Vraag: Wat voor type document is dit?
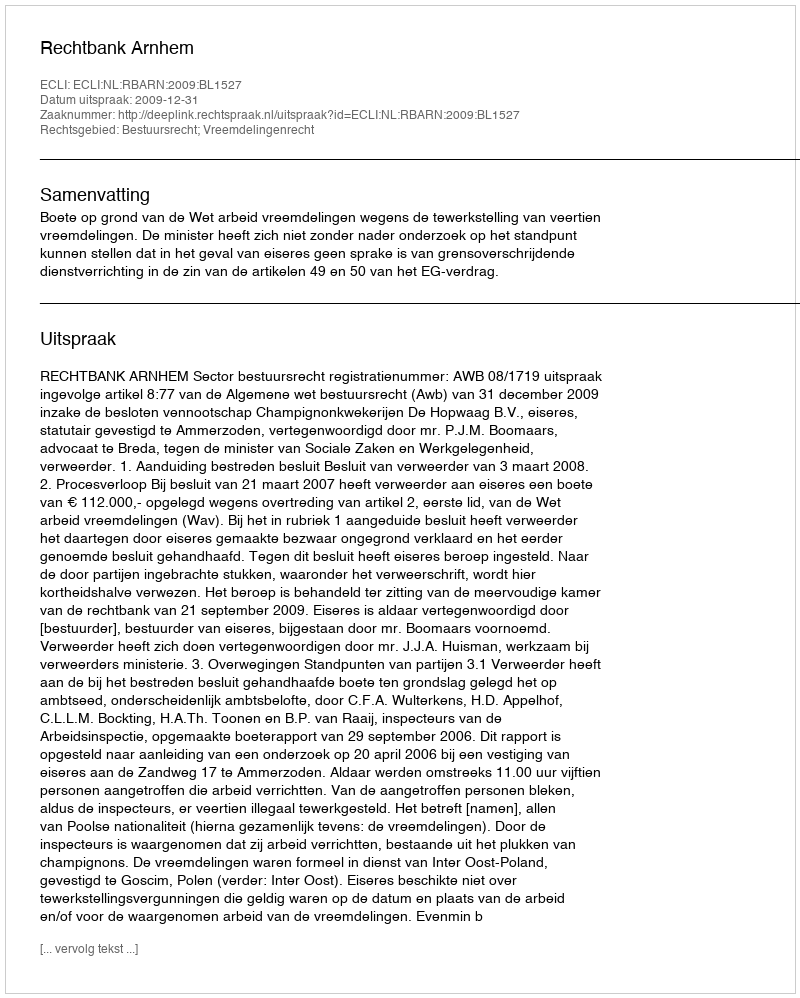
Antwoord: Uitspraak